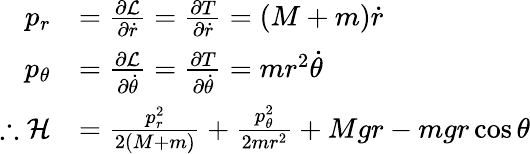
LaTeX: {\begin{array}{rl}{p_{r}}&{={\frac{\partial{\mathcal{L}}}{\partial{\dot{r}}}}={\frac{\partial T}{\partial{\dot{r}}}}=(M+m){\dot{r}}}\\ {p_{\theta}}&{={\frac{\partial{\mathcal{L}}}{\partial{\dot{\theta}}}}={\frac{\partial T}{\partial{\dot{\theta}}}}=mr^{2}{\dot{\theta}}}\\ {\therefore{\mathcal{H}}}&{={\frac{p_{r}^{2}}{2(M+m)}}+{\frac{p_{\theta}^{2}}{2mr^{2}}}+Mgr-mgr\cos{\theta}}\end{array}}